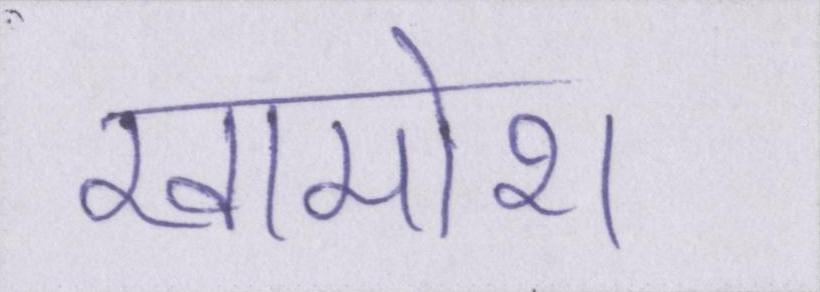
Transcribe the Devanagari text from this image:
खामोश